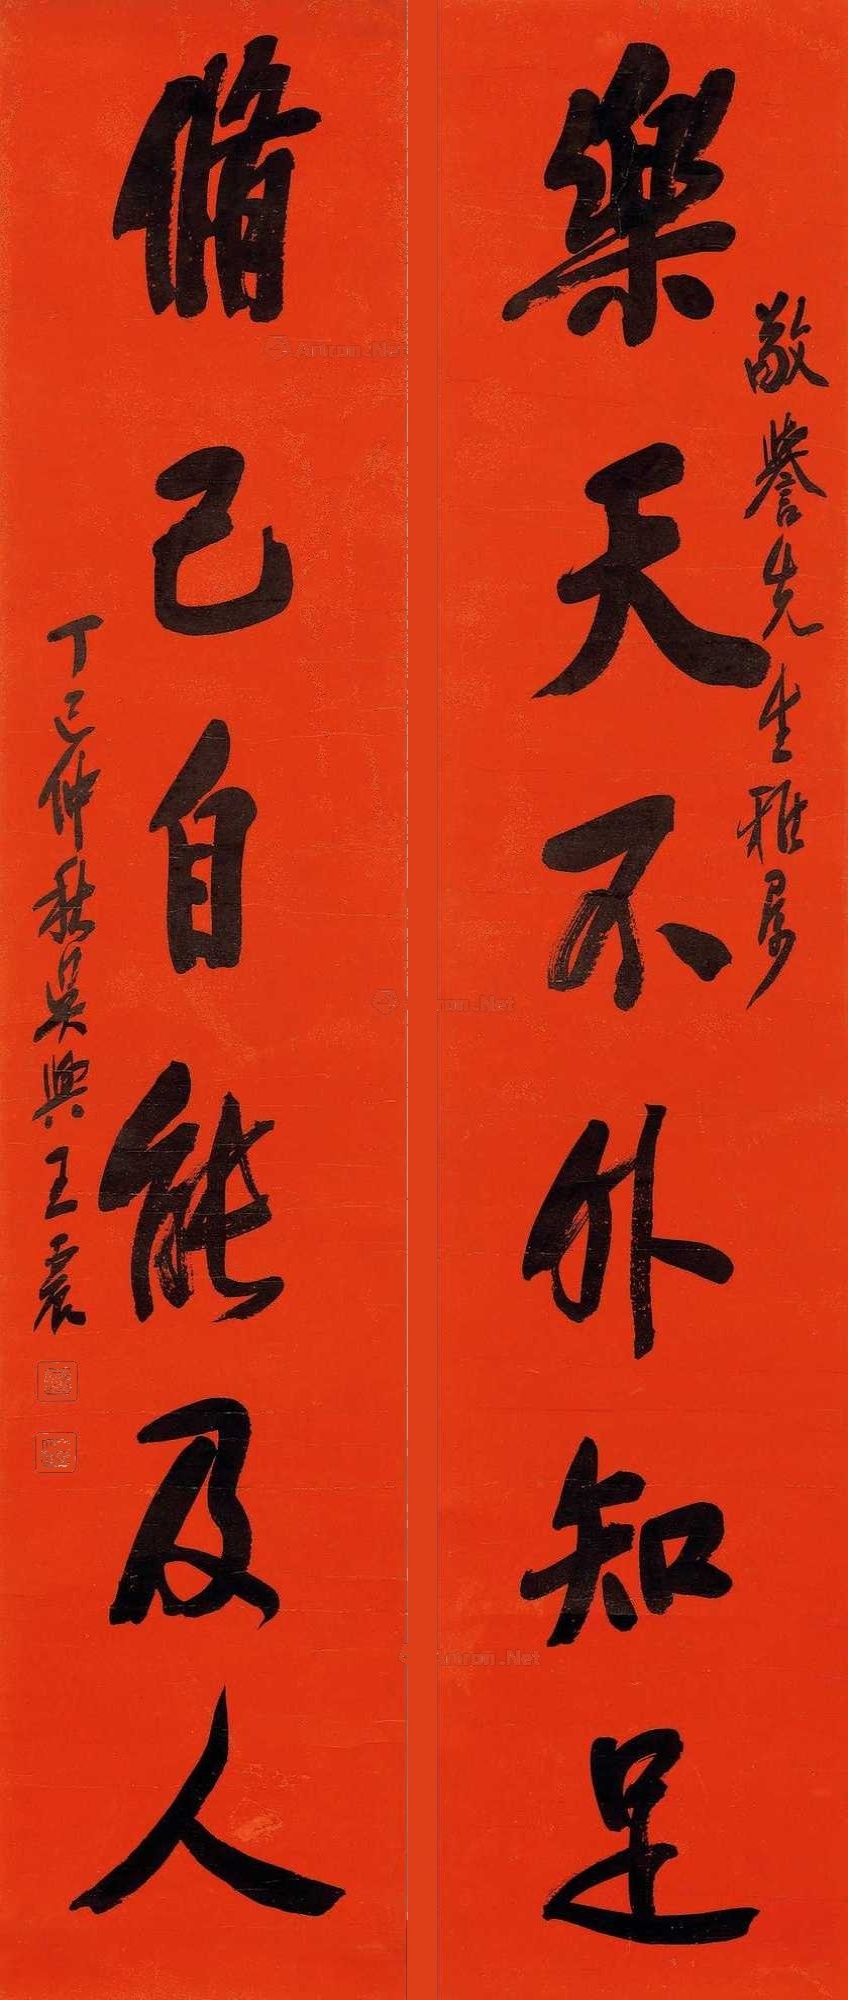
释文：乐天不外知足，修己自能及人。敬誉先生雅属。丁巳仲秋，吴兴王震。